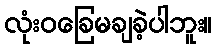
လုံးဝခြေမချခဲ့ပါဘူး။